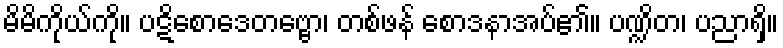
မိမိကိုယ်ကို။ ပဋိစောဒေတဗ္ဗော၊ တစ်ဖန် စောဒနာအပ်၏။ ပဏ္ဍိတ၊ ပညာရှိ။